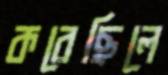
করেছিলে